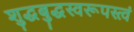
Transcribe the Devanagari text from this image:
शुद्धबुद्धस्वरूपस्त्वं